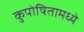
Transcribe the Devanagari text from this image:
कुपोषितामध्ये